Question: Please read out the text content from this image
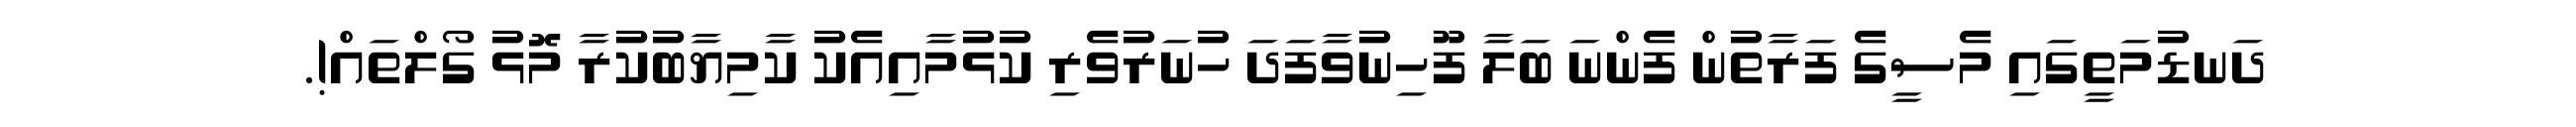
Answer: ދަނޑުމަތީގައި މެސީގެ ފަރާތުން ފެންނަ ބަލާ ފޫހިނުވާފަދަ ހުނަރުވެރި ކުޅުމާއިއެކު ކާމިޔާބުކުރާ މޮޅު ގޯލްތައް!.